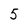
Character: 5